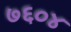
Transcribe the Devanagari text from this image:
७६०४